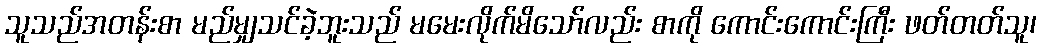
သူသည်အတန်းစာ မည်မျှသင်ခဲ့ဘူးသည် မမေးလိုက်မိသော်လည်း စာကို ကောင်းကောင်းကြီး ဖတ်တတ်သူ၊